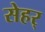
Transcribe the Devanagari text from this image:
सेहर्